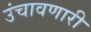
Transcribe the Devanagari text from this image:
उंचावणारी